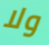
ولا